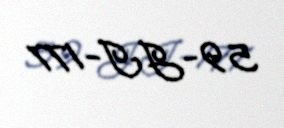
59-JI-177